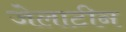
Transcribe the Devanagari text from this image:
जेलाटीन